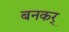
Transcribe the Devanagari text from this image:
बनकर्